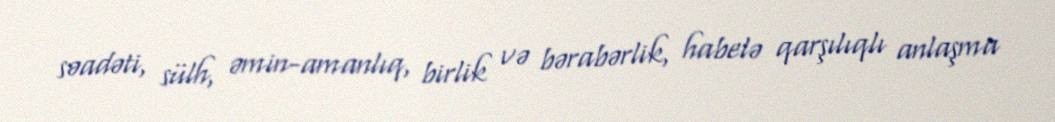
səadəti, sülh, əmin-amanlıq, birlik və bərabərlik, habelə qarşılıqlı anlaşma